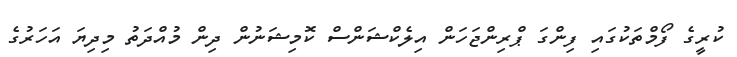
ކުރީގެ ފޯމްތަކުގައި ފިންގަ ޕްރިންޖަހަން އިލެކްޝަންސް ކޮމިޝަނުން ދިން މުއްދަތު މިދިޔަ އަހަރުގެ